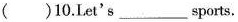
( )10.Let's___ sports.